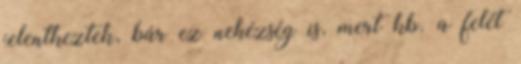
jelentkeztek, bár ez nehézség is, mert kb. a felét